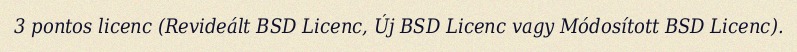
3 pontos licenc (Revideált BSD Licenc, Új BSD Licenc vagy Módosított BSD Licenc).